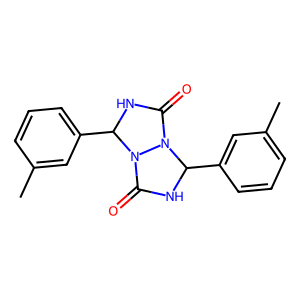
SMILES: Cc1cccc(C2NC(=O)N3C(c4cccc(C)c4)NC(=O)N23)c1
Inhibits HIV replication: No